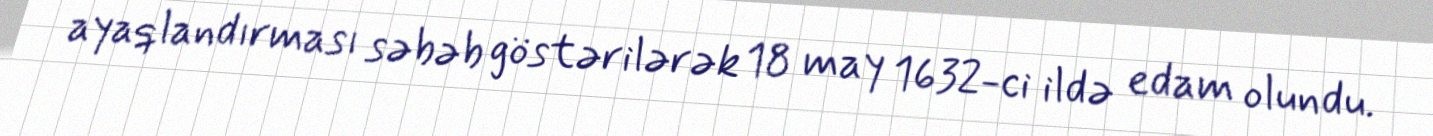
ayaqlandırması səbəb göstərilərək 18 may 1632-ci ildə edam olundu.